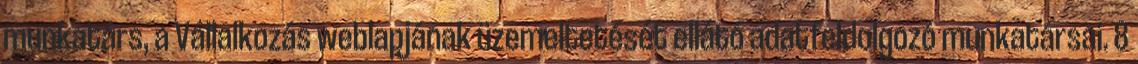
munkatárs, a Vállalkozás weblapjának üzemeltetését ellátó adatfeldolgozó munkatársai. 8